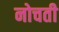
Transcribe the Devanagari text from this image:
नोचती